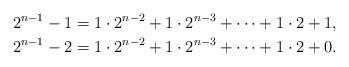
LaTeX: \begin{gather*} 2^{n-1}-1 = 1\cdot 2^{n-2} + 1\cdot 2^{n-3} + \dots + 1\cdot 2 + 1,\\ 2^{n-1}-2 = 1\cdot 2^{n-2} + 1\cdot 2^{n-3} + \dots + 1\cdot 2 + 0. \end{gather*}